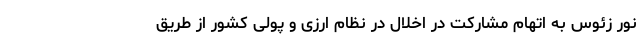
نور زئوس به اتهام مشارکت در اخلال در نظام ارزی و پولی کشور از طریق